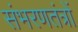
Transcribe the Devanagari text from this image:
संभरणतंत्रों